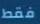
فقط